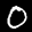
Label: 0